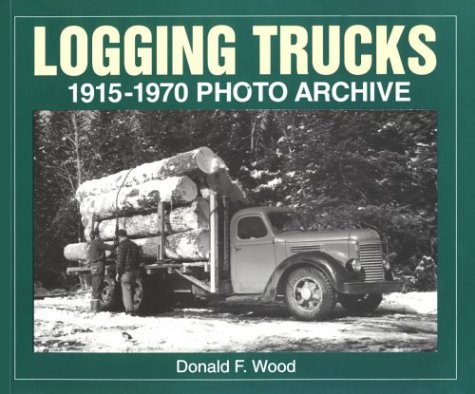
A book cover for Logging Trucks 1915-1970 Photo Archive (Photo Archives); Donald Wood; Arts & Photography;